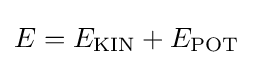
E=E_{\mathrm {KIN} }+E_{\mathrm {POT} }